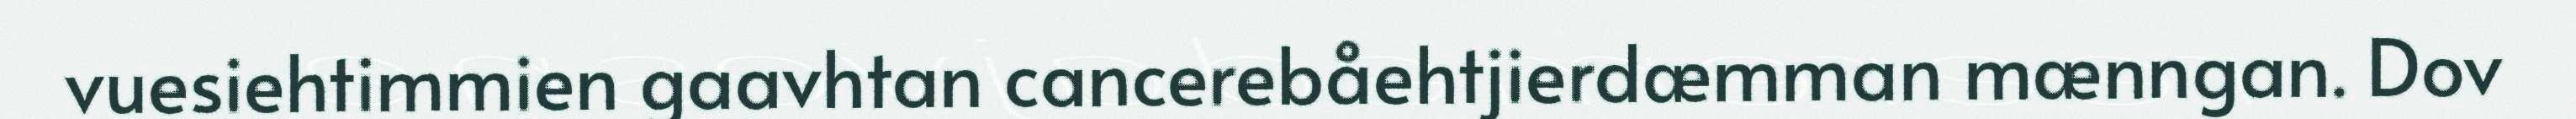
vuesiehtimmien gaavhtan cancerebåehtjierdæmman mænngan. Dov